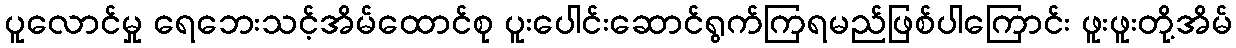
ပူလောင်မှု ရေဘေးသင့်အိမ်ထောင်စု ပူးပေါင်းဆောင်ရွက်ကြရမည်ဖြစ်ပါကြောင်း ဖူးဖူးတို့အိမ်